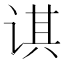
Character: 𰵲